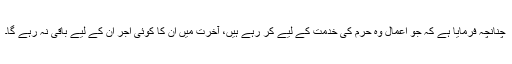
چنانچہ فرمایا ہے کہ جو اعمال وہ حرم کی خدمت کے لیے کر رہے ہیں، آخرت میں اُن کا کوئی اجر اُن کے لیے باقی نہ رہے گا۔